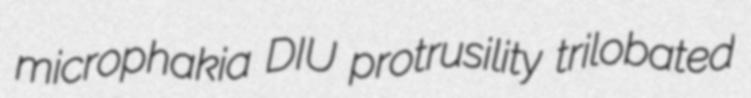
microphakia DIU protrusility trilobated